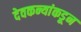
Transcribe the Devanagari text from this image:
देवकन्यांकडून